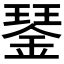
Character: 𨨖